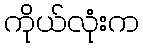
ကိုယ်လုံးက